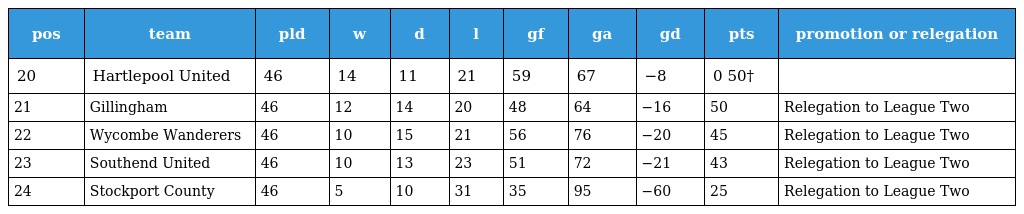
| pos | team | pld | w | d | l | gf | ga | gd | pts | promotion or relegation |
 | --- | --- | --- | --- | --- | --- | --- | --- | --- | --- | --- |
 | 20 | Hartlepool United | 46 | 14 | 11 | 21 | 59 | 67 | −8 | 0 50† |  |
 | 21 | Gillingham | 46 | 12 | 14 | 20 | 48 | 64 | −16 | 50 | Relegation to League Two |
 | 22 | Wycombe Wanderers | 46 | 10 | 15 | 21 | 56 | 76 | −20 | 45 | Relegation to League Two |
 | 23 | Southend United | 46 | 10 | 13 | 23 | 51 | 72 | −21 | 43 | Relegation to League Two |
 | 24 | Stockport County | 46 | 5 | 10 | 31 | 35 | 95 | −60 | 25 | Relegation to League Two |